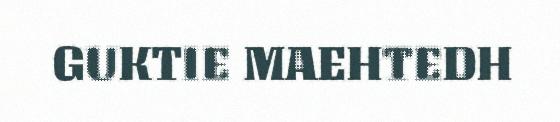
GUKTIE MAEHTEDH